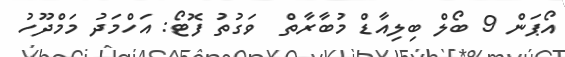
އޯޕަން 9 ބޯލް ބިލިއާޑް މުބާރާތް  ވަގުތު ފޮޓޯ: އަހްމަދު މަމްދޫހު